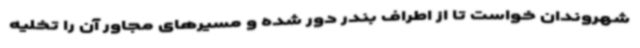
شهروندان خواست تا از اطراف بندر دور شده و مسیرهای مجاور آن را تخلیه